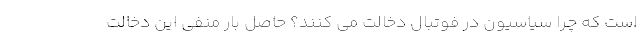
است که چرا سیاسیون در فوتبال دخالت می کنند؟ حاصل بار منفی این دخالت